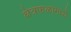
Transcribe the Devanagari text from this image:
क्षेत्रफळामध्ये